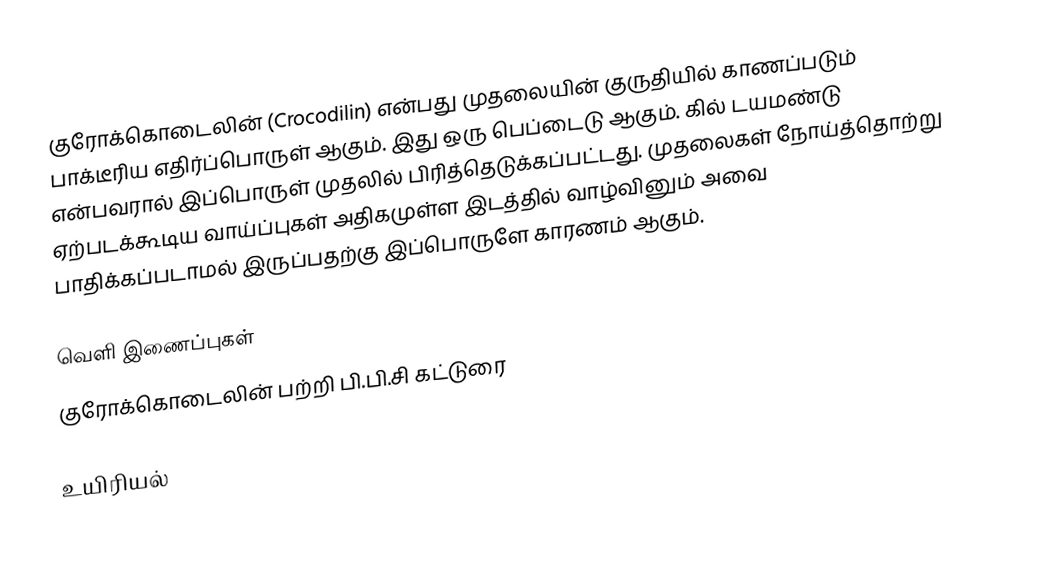
குரோக்கொடைலின் (Crocodilin) என்பது முதலையின் குருதியில் காணப்படும் பாக்டீரிய எதிர்ப்பொருள் ஆகும். இது ஒரு பெப்டைடு ஆகும். கில் டயமண்டு என்பவரால் இப்பொருள் முதலில் பிரித்தெடுக்கப்பட்டது. முதலைகள் நோய்த்தொற்று ஏற்படக்கூடிய வாய்ப்புகள் அதிகமுள்ள இடத்தில் வாழ்வினும் அவை பாதிக்கப்படாமல் இருப்பதற்கு இப்பொருளே காரணம் ஆகும்.

வெளி இணைப்புகள்
 குரோக்கொடைலின் பற்றி பி.பி.சி கட்டுரை

உயிரியல்